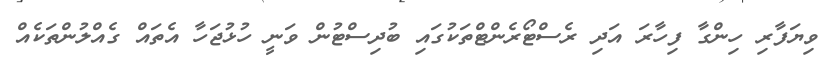
ވިޔަފާރި ހިންގާ ފިހާރަ އަދި ރެސްޓޯރެންޓްތަކުގައި ބުދިސްޓުން ވަނީ ހުޅުޖަހާ އެތައް ގެއްލުންތަކެއް